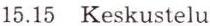
15.15 Keskustelu